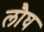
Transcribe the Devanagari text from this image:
लौघ